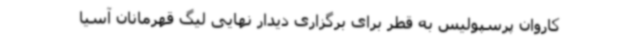
کاروان پرسپولیس به قطر برای برگزاری دیدار نهایی لیگ قهرمانان آسیا